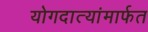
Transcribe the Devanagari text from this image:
योगदात्यांमार्फत